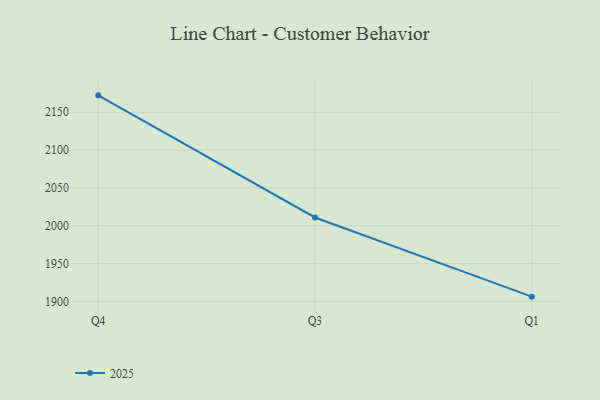
{"axis": {"x": "Quarter", "y": "Budget (USD K)"}, "legend": ["2025"], "data": [{"x": "Q4", "y": 2172.4, "type": "2025"}, {"x": "Q3", "y": 2010.9, "type": "2025"}, {"x": "Q1", "y": 1906.2, "type": "2025"}]}